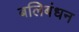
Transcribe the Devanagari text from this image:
बलिबंधन